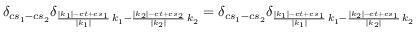
\delta _ { c s _ { 1 } - c s _ { 2 } } \delta _ { \frac { | k _ { 1 } | - c t + c s _ { 1 } } { | k _ { 1 } | } \, k _ { 1 } - \frac { | k _ { 2 } | - c t + c s _ { 2 } } { | k _ { 2 } | } \, k _ { 2 } } = \delta _ { c s _ { 1 } - c s _ { 2 } } \delta _ { \frac { | k _ { 1 } | - c t + c s _ { 1 } } { | k _ { 1 } | } \, k _ { 1 } - \frac { | k _ { 2 } | - c t + c s _ { 1 } } { | k _ { 2 } | } \, k _ { 2 } }